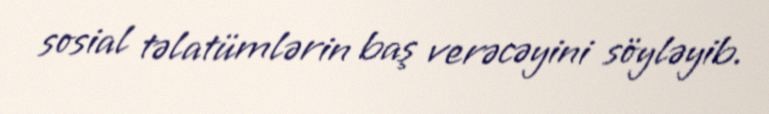
sosial təlatümlərin baş verəcəyini söyləyib.